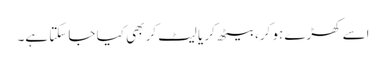
اسے کھڑے ہو کر، بیٹھ کر یا لیٹ کر بھی کیا جا سکتا ہے۔